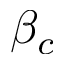
\beta _ { c }